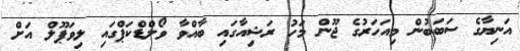
އަނިޔާގެ ސަބަބުން މިއަހަރުގެ ޖޫން މަހު ރަޝިއާގައި ބާއްވާ ވޯލްޑްކަޕްގައި ލިވަޕޫލް އަށް